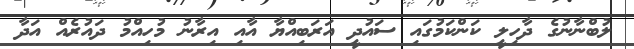
ލުބްނާނުގެ ދާހިލީ ކަންކަމުގައި ސައުދީ އަރަބިއްޔާ އާއި އިރާނު މުހިއްމު ދައުރެއް އަދާ